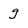
Character: q